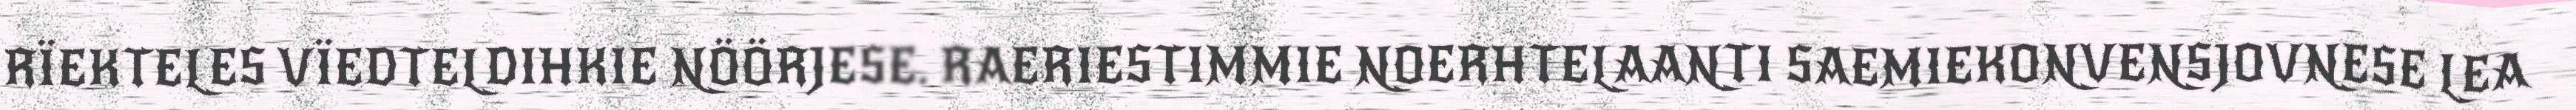
RÏEKTELES VÏEDTELDIHKIE NÖÖRJESE. RAERIESTIMMIE NOERHTELAANTI SAEMIEKONVENSJOVNESE LEA